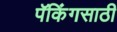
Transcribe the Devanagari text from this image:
पॅकिंगसाठी